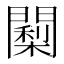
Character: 𮤠